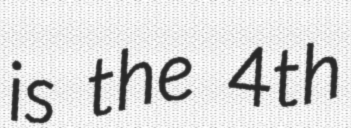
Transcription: is the 4th